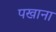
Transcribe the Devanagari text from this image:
पखाना